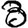
Digit: 3